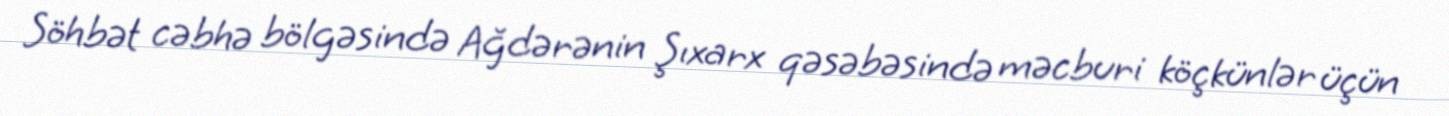
Söhbət cəbhə bölgəsində Ağdərənin Şıxarx qəsəbəsində məcburi köçkünlər üçün